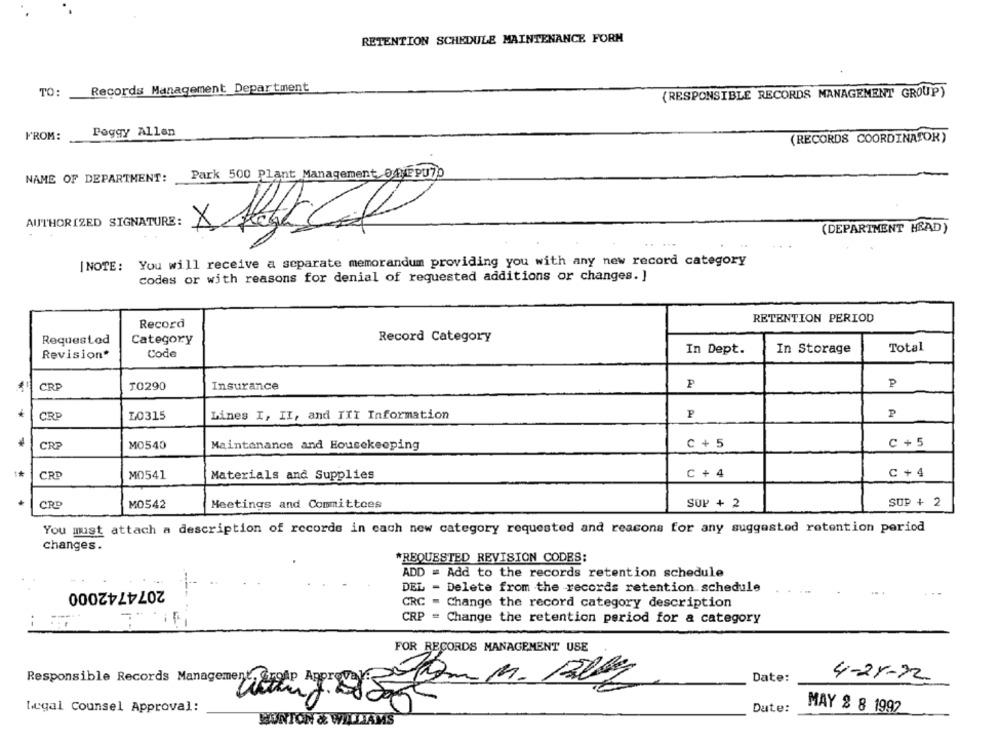
RETENTION SCHEDULE MAINTENANCE FORM
Records Management Department
TO:
(RESPONSIBLE RECORDS MANAGEMENT GROUP)
Peggy Allen
FROM:
(RECORDS COORDINATOR)
NAME OF DEPARTMENT:
Park 500 Plant Management OfME PU7D
AUTHORIZED SIGNATURE:
(DEPARTMENT HEAD)
|NOTE: You will receive a separate memorandum providing you with any new record category
codes or with reasons for denial of requested additions or changes. ]
RETENTION PERIOD
Record
Requested
Category
Record Category
In Dept.
In Storage
Total
Revision*
Code
CRP
Insurance
P
JO290
CRP
10315
Lines I, II, and IXI Information
P4
P
CRP
MO540
c + 5
C + 5
Maintenance and Housekeeping
CRP
C + 4
C + 4
MD541
Materials and Supplies
CRD
Meetings and Committees
SUP + 2
SUP + 2
MO542
You must attach a description of records in each new category requested and reacons for any suggested retention period
changes.
*REQUESTED REVISION CODES:
ADD = Add to the records retention schedule
2074742000
DEL - Delete from the records retention schedule
CRC - Change the record category description
CRP = Change the retention period for a category
FOR RECORDS MANAGEMENT USE
Responsible Records Management, Group Approva
Date:
4-21-22
Legal Counsel Approval:
Date:
MAY # 8 1992
HINTON & WILLIAMS